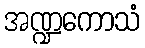
အဏ္ဍကောသံ